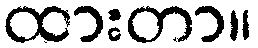
ထားတာ။